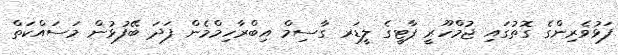
ފަޅުވެރިންގެ ގޮތުގައި ޖުމްހޫރީ ޕާޓީގެ ލީޑަރ ގާސިމް އިބްރާހިމްމެން ފަދަ ބޭފުޅުން މަސައްކަތް